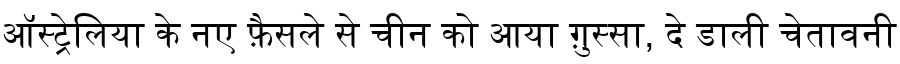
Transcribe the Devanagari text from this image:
ऑस्ट्रेलिया के नए फ़ैसले से चीन को आया ग़ुस्सा, दे डाली चेतावनी